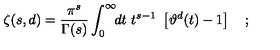
\zeta ( s , d ) = \frac { \pi ^ { s } } { \Gamma ( s ) } \int _ { 0 } ^ { \infty } \! \! d t \ t ^ { s - 1 } \ \left[ \vartheta ^ { d } ( t ) - 1 \right] \quad ;